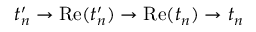
t _ { n } ^ { \prime } \rightarrow \mathrm { R e } ( t _ { n } ^ { \prime } ) \rightarrow \mathrm { R e } ( t _ { n } ) \rightarrow t _ { n }